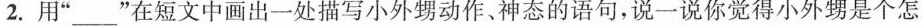
2.用”___”在短文中画出一处描写小外甥动作、神态的语句，说一说你觉得小外甥是个怎